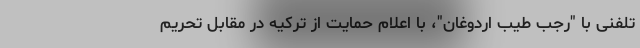
تلفنی با "رجب طیب اردوغان"، با اعلام حمایت از ترکیه در مقابل تحریم